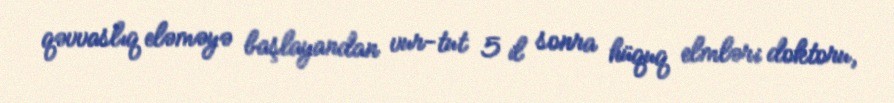
qəvvaslıq eləməyə başlayandan vur-tut 5 il sonra hüquq elmləri doktoru,